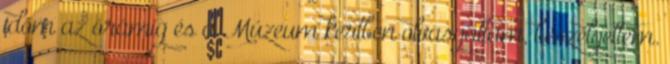
időm az órámig és a Múzeum kertben olvasgattam, beszélgettem.